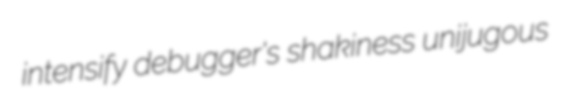
intensify debugger's shakiness unijugous